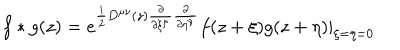
f * g ( z ) = e ^ { \frac { i } { 2 } { D } ^ { { \mu } { \nu } } ( z ) \frac { \partial } { \partial { \xi } ^ { \mu } } \frac { \partial } { \partial { \eta } ^ { \nu } } } f ( z + { \xi } ) g ( z + { \eta } ) | _ { { \xi } = { \eta } = 0 }